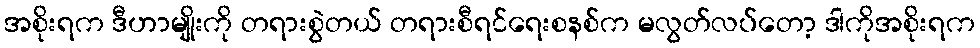
အစိုးရက ဒီဟာမျိုးကို တရားစွဲတယ် တရားစီရင်ရေးစနစ်က မလွတ်လပ်တော့ ဒါကိုအစိုးရက